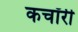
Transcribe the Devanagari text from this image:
कचॉरी